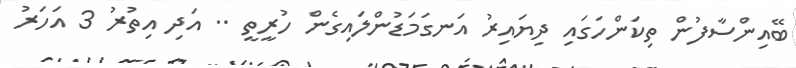
ބޭއިންސާފުން ތިކަންހަގައި ދިޔައިރު އަނގަމަޑުންލައިގެން ހުރީތީ .. އަދި އިތުރު 3 އަހަރު